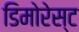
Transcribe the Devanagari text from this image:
डिमोरेस्ट